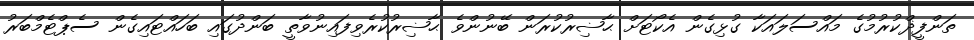
ތަންފީޛްކުރުމުގެ މައްސަލައަކާ ގުޅިގެން އެކޯޓަށް ޙާޟިރުކުރަން ބޭނުންވެ ޙާޟިރުކުރެވިފައިނުވާތީ ބަންދުގައި ބަހައްޓައިގެން ސެޕްޓެމްބަރު